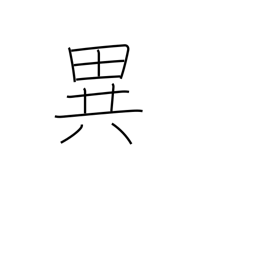
Meaning: uncommon